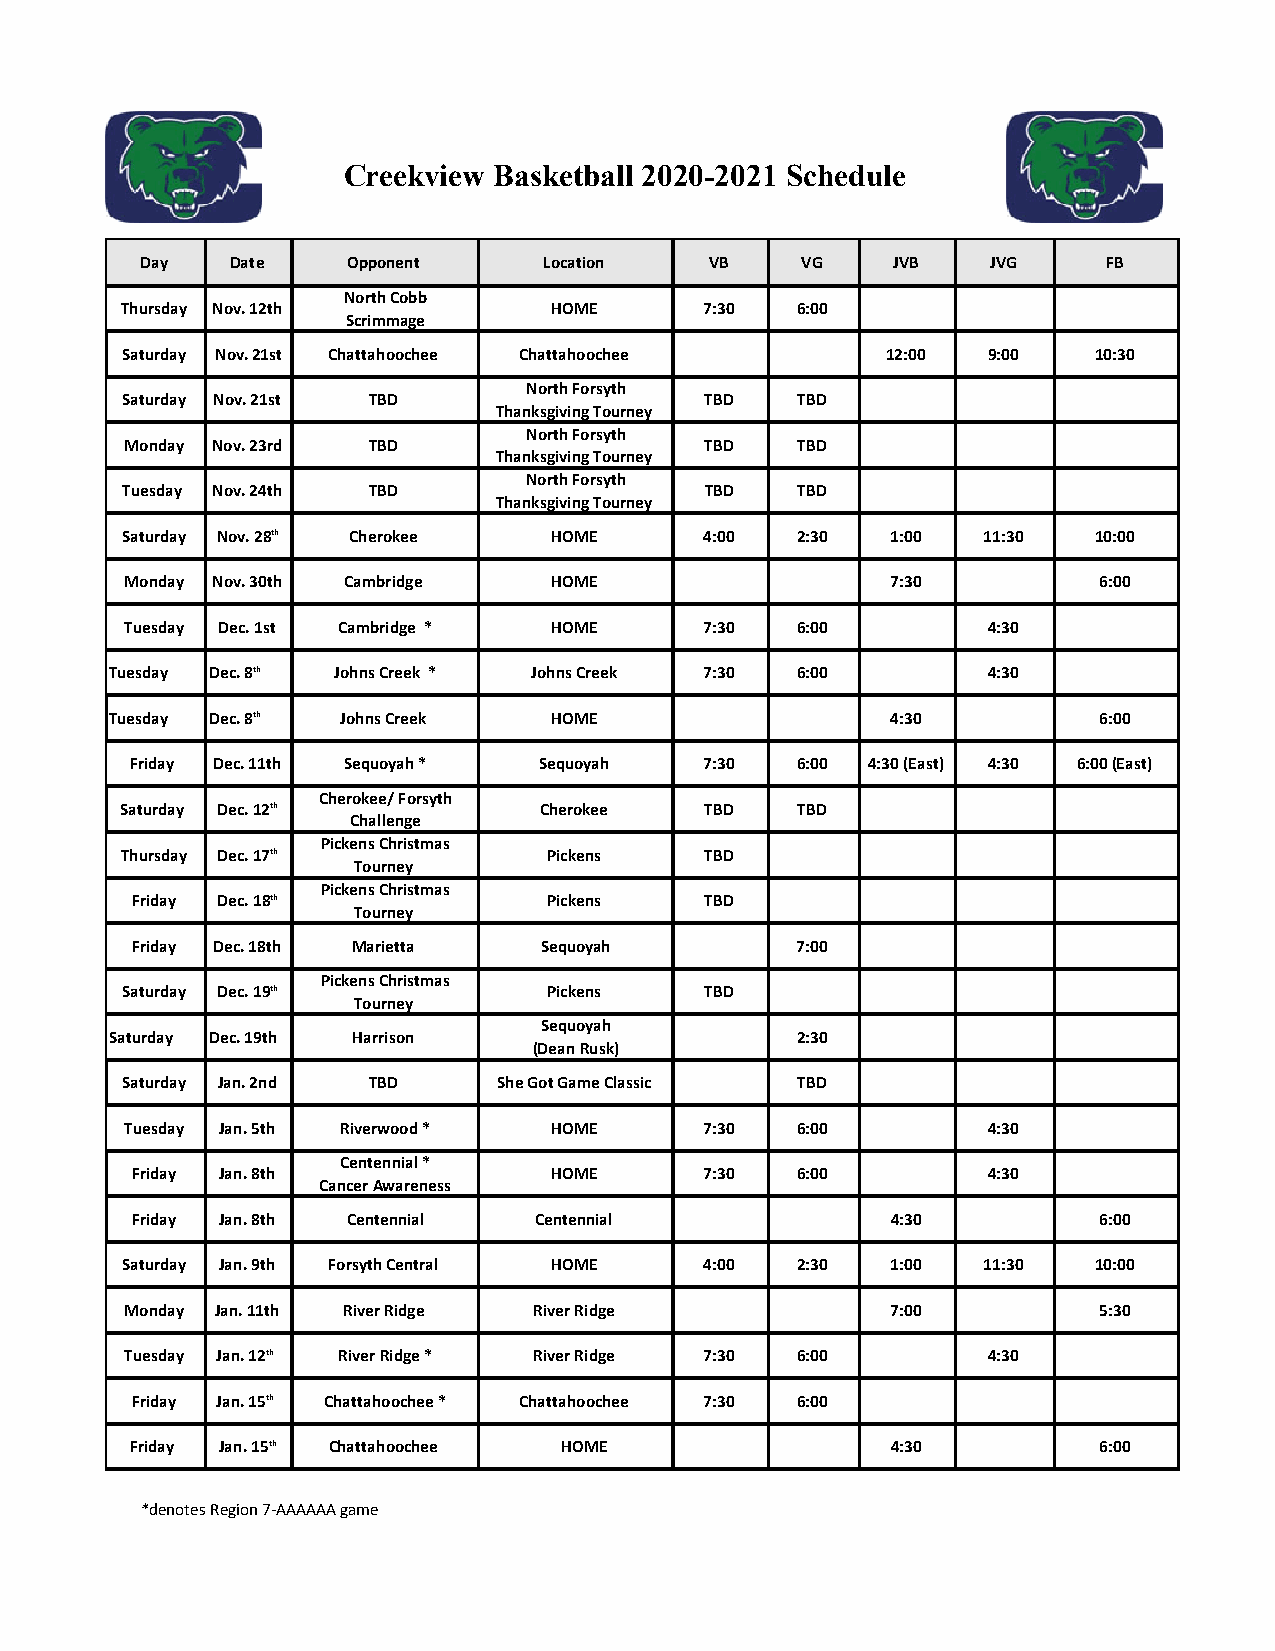
Creekview Basketball 2020-2021 Schedule
 Day   Date    Opponent     Location   VB    VG    JVB    JVG    FB
 North Cobb
 Thursday Nov. 12th          HOME       7:30  6:00
 Scrimmage
 Saturday Nov. 21st Chattahoochee Chattahoochee     12:00 9:00   10:30
 North Forsyth
 Saturday Nov. 21st TBD                 TBD   TBD
 Thanksgiving Tourney
 North Forsyth
 Monday Nov. 23rd TBD                   TBD   TBD
 Thanksgiving Tourney
 North Forsyth
 Tuesday Nov. 24th TBD                  TBD   TBD
 Thanksgiving Tourney
 Saturday Nov. 28th Cherokee HOME       4:00  2:30  1:00  11:30  10:00
 Monday Nov. 30th Cambridge  HOME                   7:30          6:00
 Tuesday Dec. 1st Cambridge * HOME      7:30  6:00        4:30
 Tuesday Dec. 8th Johns Creek * Johns Creek 7:30 6:00      4:30
 Tuesday Dec. 8th Johns Creek HOME                   4:30          6:00
 Friday Dec. 11th Sequoyah * Sequoyah  7:30  6:00 4:30 (East) 4:30 6:00 (East)
 Cherokee/ Forsyth
 Saturday Dec. 12th          Cherokee   TBD   TBD
 Challenge
 Pickens Christmas
 Thursday Dec. 17th          Pickens    TBD
 Tourney
 Pickens Christmas
 Friday Dec. 18th           Pickens    TBD
 Tourney
 Friday Dec. 18th Marietta  Sequoyah         7:00
 Pickens Christmas
 Saturday Dec. 19th          Pickens    TBD
 Tourney
 Sequoyah
 Saturday Dec. 19th Harrison                   2:30
 (Dean Rusk)
 Saturday Jan. 2nd TBD    She Got Game Classic TBD
 Tuesday Jan. 5th Riverwood * HOME      7:30  6:00        4:30
 Centennial *
 Friday Jan. 8th            HOME       7:30  6:00        4:30
 Cancer Awareness
 Friday Jan. 8th Centennial Centennial             4:30          6:00
 Saturday Jan. 9th Forsyth Central HOME 4:00  2:30  1:00  11:30  10:00
 Monday Jan. 11th River Ridge River Ridge           7:00          5:30
 Tuesday Jan. 12th River Ridge * River Ridge 7:30 6:00    4:30
 Friday Jan. 15th Chattahoochee * Chattahoochee 7:30 6:00
 Friday Jan. 15th Chattahoochee HOME               4:30          6:00
 *denotes Region 7‐AAAAAA game